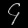
Digit: ၄